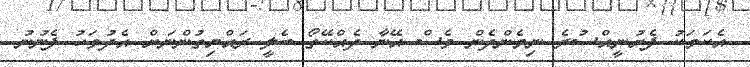
އެކަމަކު ފެށުނީއްސުރެ ނިމެންދެން ވެސް އޭނާ ދެއްކޭތޯ ބެލީ ރައްޔިތުންނަށް އެދުވަހު ފެނުނު